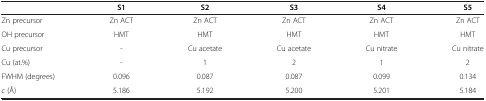
<table><thead><tr><td><b> </b></td><td><b>S1</b></td><td><b>S2</b></td><td><b>S3</b></td><td><b>S4</b></td><td><b>S5</b></td></tr></thead><tbody><tr><td>Zn precursor</td><td>Zn ACT</td><td>Zn ACT</td><td>Zn ACT</td><td>Zn ACT</td><td>Zn ACT</td></tr><tr><td>OH precursor</td><td>HMT</td><td>HMT</td><td>HMT</td><td>HMT</td><td>HMT</td></tr><tr><td>Cu precursor</td><td>-</td><td>Cu acetate</td><td>Cu acetate</td><td>Cu nitrate</td><td>Cu nitrate</td></tr><tr><td>Cu (at.%)</td><td>-</td><td>1</td><td>2</td><td>1</td><td>2</td></tr><tr><td>FWHM (degrees)</td><td>0.096</td><td>0.087</td><td>0.087</td><td>0.099</td><td>0.134</td></tr><tr><td><i>c</i> (Å)</td><td>5.186</td><td>5.192</td><td>5.200</td><td>5.201</td><td>5.184</td></tr></tbody></table>